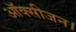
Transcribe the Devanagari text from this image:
ऑक्सीजन।